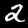
Digit: 2